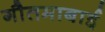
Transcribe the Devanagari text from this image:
गौतमाबाई